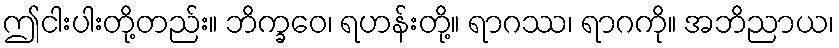
ဤငါးပါးတို့တည်း။ ဘိက္ခဝေ၊ ရဟန်းတို့။ ရာဂဿ၊ ရာဂကို။ အဘိညာယ၊